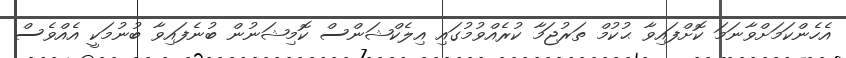
އެހެންކަމަށްވާނަމަ ކޮށްފައިވާ ޙުކުމް ތަރުޖަމާ ކުރެއްވުމުގައި އިލެކްޝަންސް ކޮމިޝަނުން ބުނެފައިވާ ބުނުމަކީ އެއްވެސް